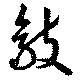
敲